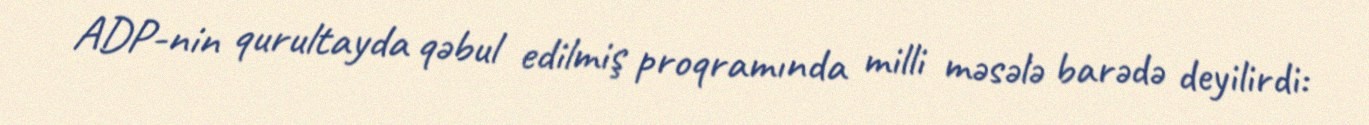
ADP-nin qurultayda qəbul edilmiş proqramında milli məsələ barədə deyilirdi: